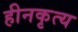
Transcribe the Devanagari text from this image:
हीनकृत्य